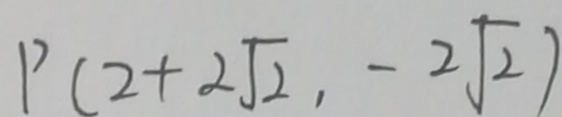
P ( 2 + 2 \sqrt { 2 } , - 2 \sqrt { 2 } )